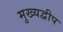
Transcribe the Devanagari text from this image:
मुख्यद्वीप